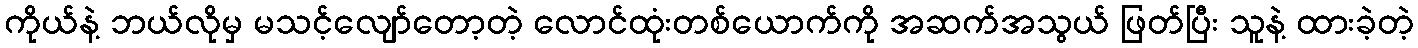
ကိုယ်နဲ့ ဘယ်လိုမှ မသင့်လျော်တော့တဲ့ လောင်ထုံးတစ်ယောက်ကို အဆက်အသွယ် ဖြတ်ပြီး သူနဲ့ ထားခဲ့တဲ့